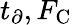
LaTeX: t_{\partial},F_{\mathrm{C}}